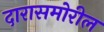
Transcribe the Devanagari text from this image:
दारासमोरील